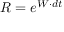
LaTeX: R = e ^ { W \cdot d t }